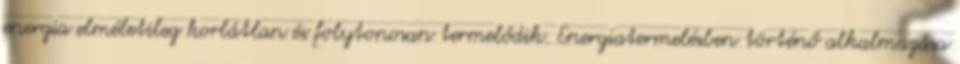
energia elméletileg korlátlan és folytonosan termelődik. Energiatermelésben történő alkalmazása